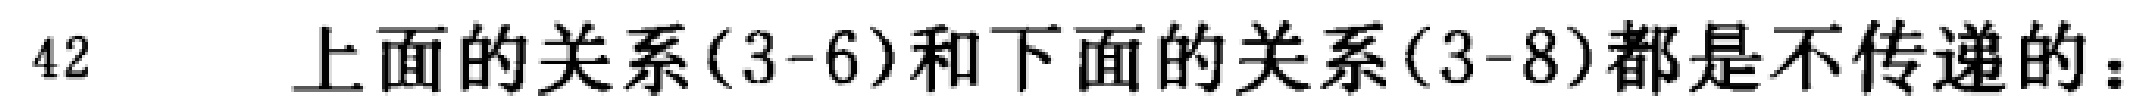
42 上面的关系(3-6)和下面的关系(3-8)都是不传递的：